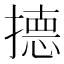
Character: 𭢙